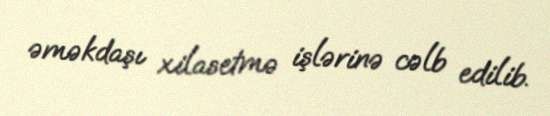
əməkdaşı xilasetmə işlərinə cəlb edilib.